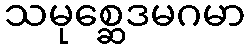
သမုစ္ဆေဒမဂမာ